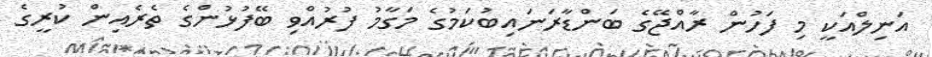
އަނިލްއަކީ މި ފަހުން ރާއްޖޭގެ ބަންޑާރަނައިބުކަމުގެ މަގާމު ފުރުއްވި ބޭފުޅުންގެ ތެރެއިން ކުރީގެ